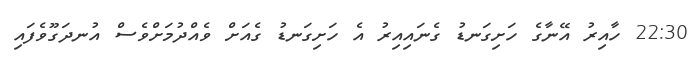
22:30 ހާއިރު އޭނާގެ ހަށިގަނޑު ގެނައިއިރު އެ ހަށިގަނޑު ގެއަށް ވެއްދުމަށްވެސް އުނދަގޫވެފައި